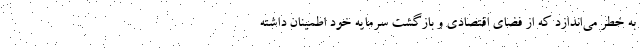
به خطر می‌اندازد که از فضای اقتصادی و بازگشت سرمایه خود اطمینان داشته